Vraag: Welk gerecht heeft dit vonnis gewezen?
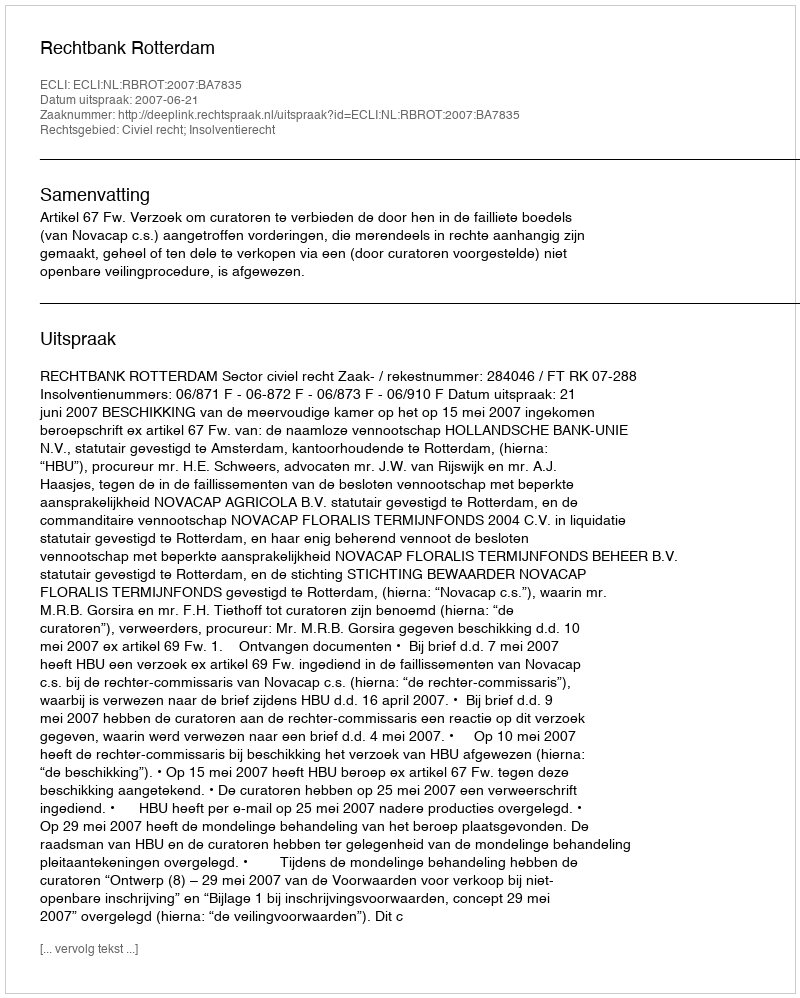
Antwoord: Rechtbank Rotterdam